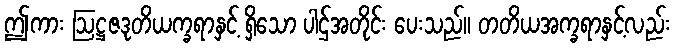
ဤကား ဩဋ္ဌဇဒုတိယက္ခရာနှင့် ရှိသော ပါဌ်အတိုင်း ပေးသည်။ တတိယအက္ခရာနှင့်လည်း